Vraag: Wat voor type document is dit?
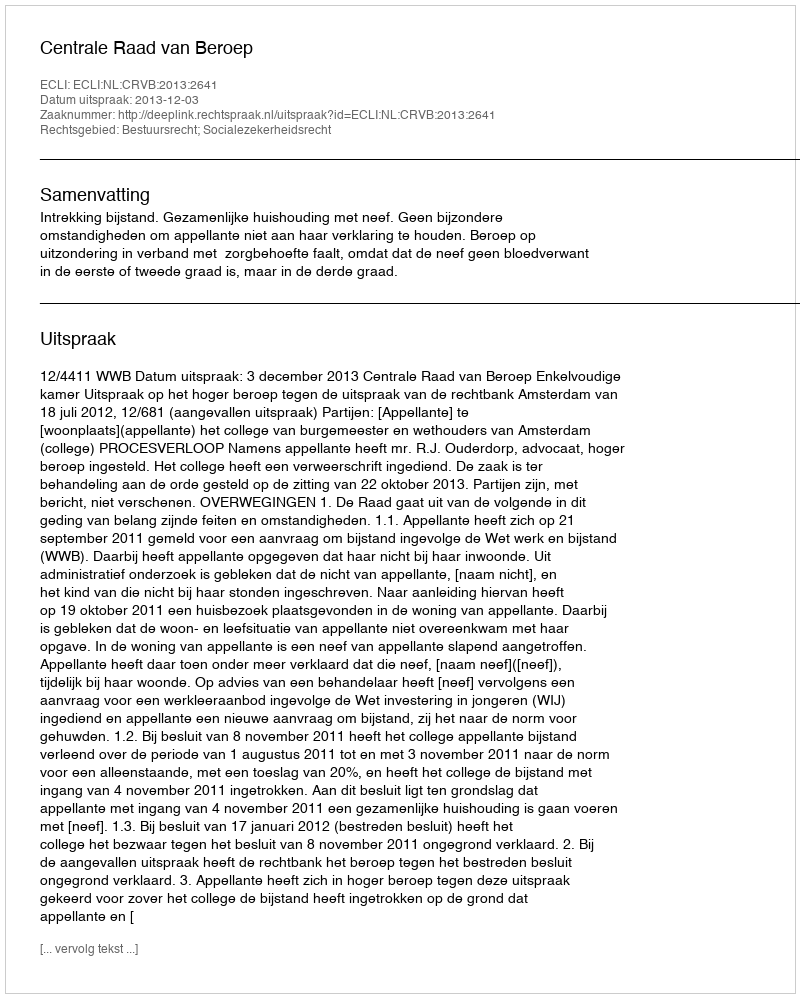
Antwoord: Uitspraak